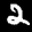
Label: 2